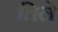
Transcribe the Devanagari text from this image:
तिले